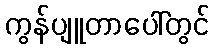
ကွန်ပျူတာပေါ်တွင်